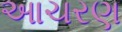
આચરણ